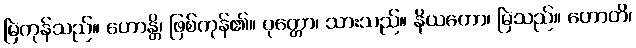
မြဲကုန်သည်။ ဟောန္တိ၊ ဖြစ်ကုန်၏။ ပုတ္တော၊ သားသည်။ နိယတော၊ မြဲသည်။ ဟောတိ၊